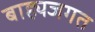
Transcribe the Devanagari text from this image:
बाह्यजगत